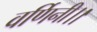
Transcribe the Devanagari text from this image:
वर्णिनी।।